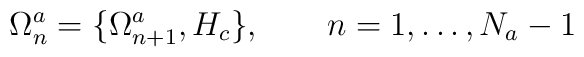
\Omega^a_n=\{\Omega^a_{n+1},H_c\},\ \ \ \ \ \ n=1,\ldots,N_a-1